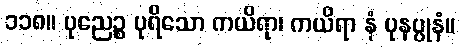
၁၁၈။ ပုညေဉ္စ ပုရိသော ကယိရာ၊ ကယိရာ နံ ပုနပ္ပုနံ။